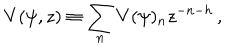
LaTeX: V ( \psi , z ) \equiv \sum _ { n } V ( \psi ) _ { n } z ^ { - n - h } \, ,